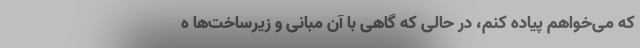
که می‌خواهم پیاده کنم، در حالی که گاهی با آن مبانی و زیرساخت‌ها ه